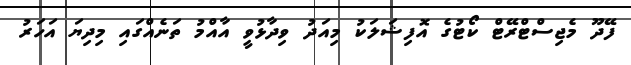
ފޭދޫ މެޖިސްޓްރޭޓް ކޯޓުގެ އޮފިޝަލަކު މިއަދު ވިދާޅުވީ އާއްމު ތަނެއްގައި މިދިޔަ އަހަރު